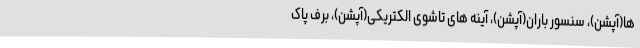
ها(آپشن)، سنسور باران(آپشن)، آینه های تاشوی الکتریکی(آپشن)، برف پاک